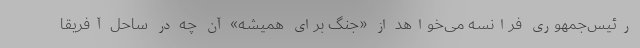
رئیس‌جمهوری فرانسه می‌خواهد از «جنگ برای همیشه» آن چه در ساحل آفریقا